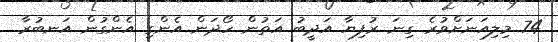
74 މިލިއަނަށްވުރެ ގިނަ ރުފިޔާ އަދީބު އަތުން ހޯދަން އެންގި އެންގުން އަނބުރާ